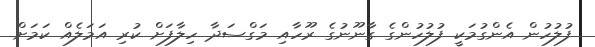
ފުލުހުން އެންގުމަކީ ފުލުހުންގެ ގާނޫނުގެ ރޫހާއި މަގްސަދާ ހިލާފަށް ކުރި އަމަލެއް ކަމަށް